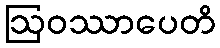
ဩဝဿာပေတိ